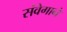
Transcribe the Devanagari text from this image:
संवेगाने